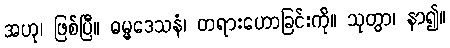
အဟု၊ ဖြစ်ပြီ။ ဓမ္မဒေသနံ၊ တရားဟောခြင်းကို။ သုတွာ၊ နာ၍။